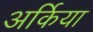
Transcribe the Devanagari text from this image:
अर्किया